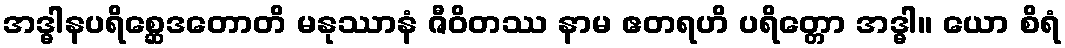
အဒ္ဓါနပရိစ္ဆေဒတောတိ မနုဿာနံ ဇီဝိတဿ နာမ ဧတရဟိ ပရိတ္တော အဒ္ဓါ။ ယော စိရံ